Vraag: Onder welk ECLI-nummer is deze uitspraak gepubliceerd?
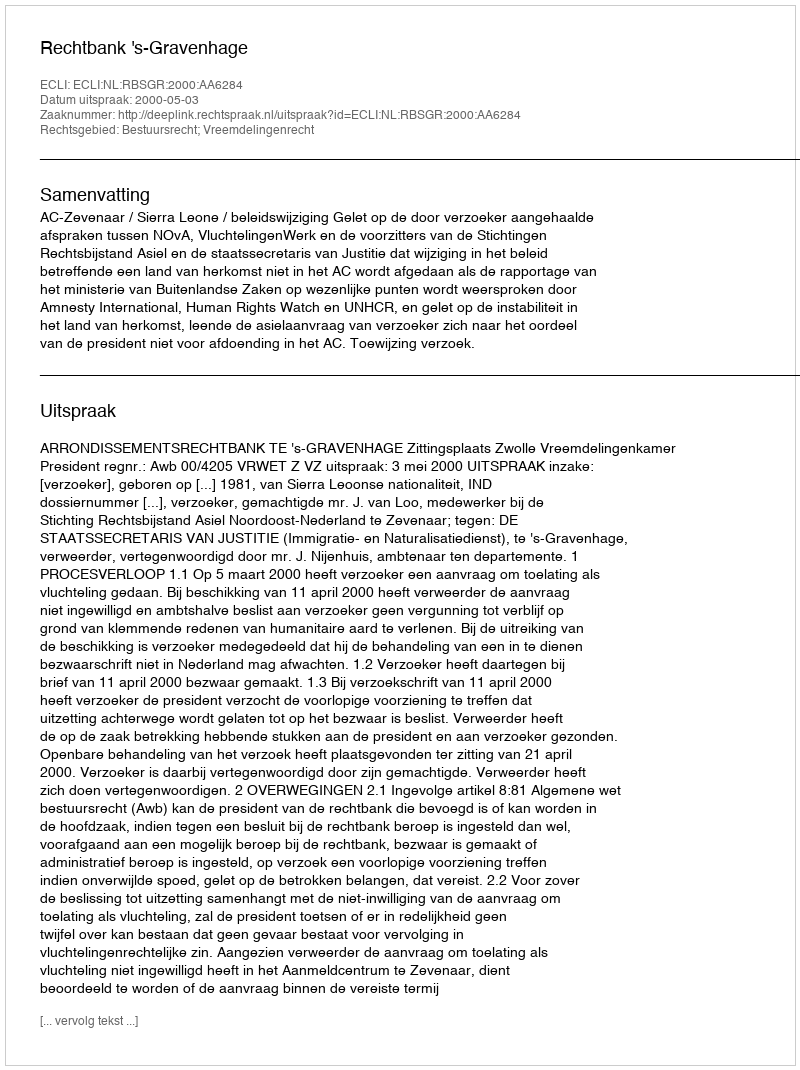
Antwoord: ECLI:NL:RBSGR:2000:AA6284